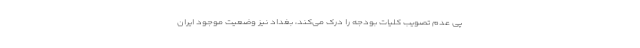
پی عدم تصویب کلیات بودجه را درک می‌کند، بغداد نیز وضعیت موجود ایران